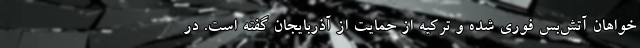
خواهان آتش‌بس فوری شده و ترکیه از حمایت از آذربایجان گفته است. در